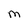
Character: M